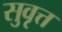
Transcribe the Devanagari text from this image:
सुवृत्त